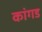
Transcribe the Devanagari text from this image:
कांगड